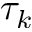
\tau _ { k }